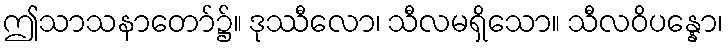
ဤသာသနာတော်၌။ ဒုဿီလော၊ သီလမရှိသော။ သီလဝိပန္နော၊